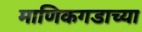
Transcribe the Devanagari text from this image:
माणिकगडाच्या